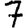
Digit: 7